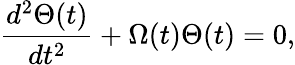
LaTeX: \frac{d^{2}\Theta(t)}{dt^{2}}+\Omega(t)\Theta(t)=0,